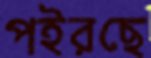
পইরছে